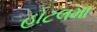
હોટલમા